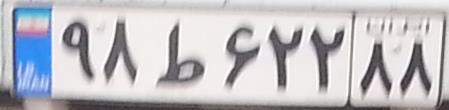
۹۸ط۶۲۲۸۸